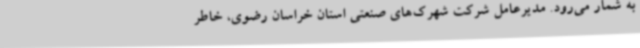
به شمار می‌رود. مدیرعامل شرکت شهرک‌های صنعتی استان خراسان رضوی، خاطر